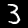
Digit: 3